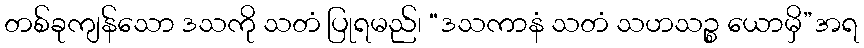
တစ်ခုကျန်သော ဒသကို သတံ ပြုရမည်၊ “ဒသကာနံ သတံ သဟသဉ္စ ယောမှိ”အရ